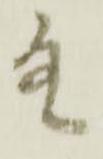
故